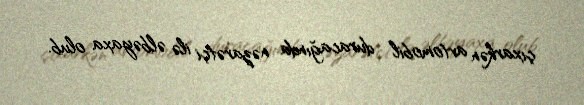
çıxarkən avtomobil duracağında nəzarətçi ilə əlbəyaxa olub.